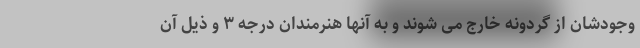
وجودشان از گردونه خارج می شوند و به آنها هنرمندان درجه ٣ و ذیلِ آن